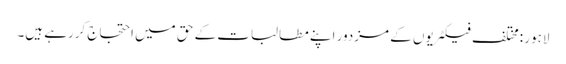
لاہور :مختلف فیکٹریوں کے مزدور اپنے مطالبات کے حق میں احتجاج کررہے ہیں۔